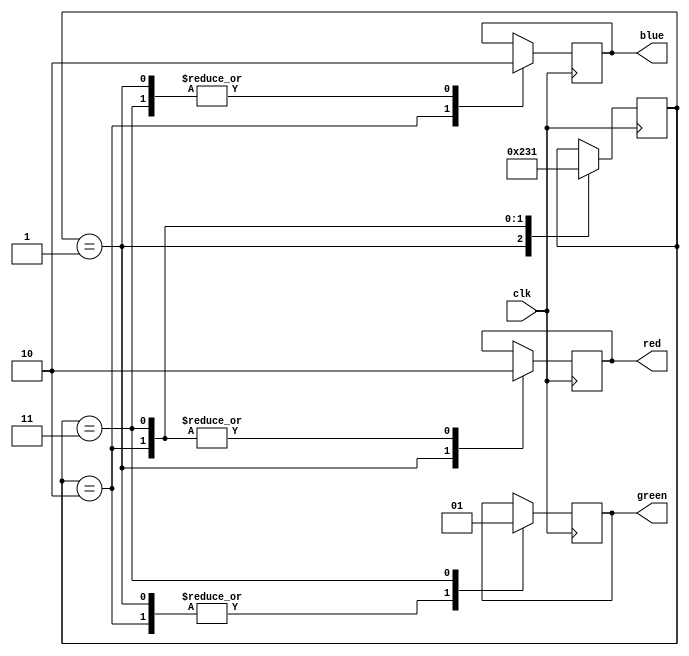
`timescale 1ns / 1ps
//////////////////////////////////////////////////////////////////////////////////
// Company: 
// Engineer: 
// 
// Design Name: 
// Module Name: Trafik1
// Project Name: 
// Target Devices: 
// Tool Versions: 
// Description: 
// 
// Dependencies: 
// 
// Revision:
// Revision 0.01 - File Created
// Additional Comments:
// 
//////////////////////////////////////////////////////////////////////////////////


module Trafik1(
 input clk,
  output reg red,
  output reg blue,
  output reg green
);

reg [3:0] state = 4'b001;

always @(posedge clk) begin
  case(state)
    4'b001: begin // Red
      red <= 1;
      blue <= 0;
      green <= 0;
      state <= #100 4'b010;
    end
    4'b010: begin // Blue
      red <= 0;
      blue <= 1;
      green <= 0;
      state <= #20 4'b011;
    end
    4'b011: begin // Green
      red <= 0;
      blue <= 0;
      green <= 1;
      state <= #50 4'b001;
    end
  endcase
end

endmodule